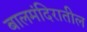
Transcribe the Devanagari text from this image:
बालमंदिरातील